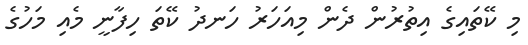
މި ކޭތައިގެ އިތުރުން ދެން މިއަހަރު ހަނދު ކޭތަ ހިފާނީ މެއި މަހުގެ